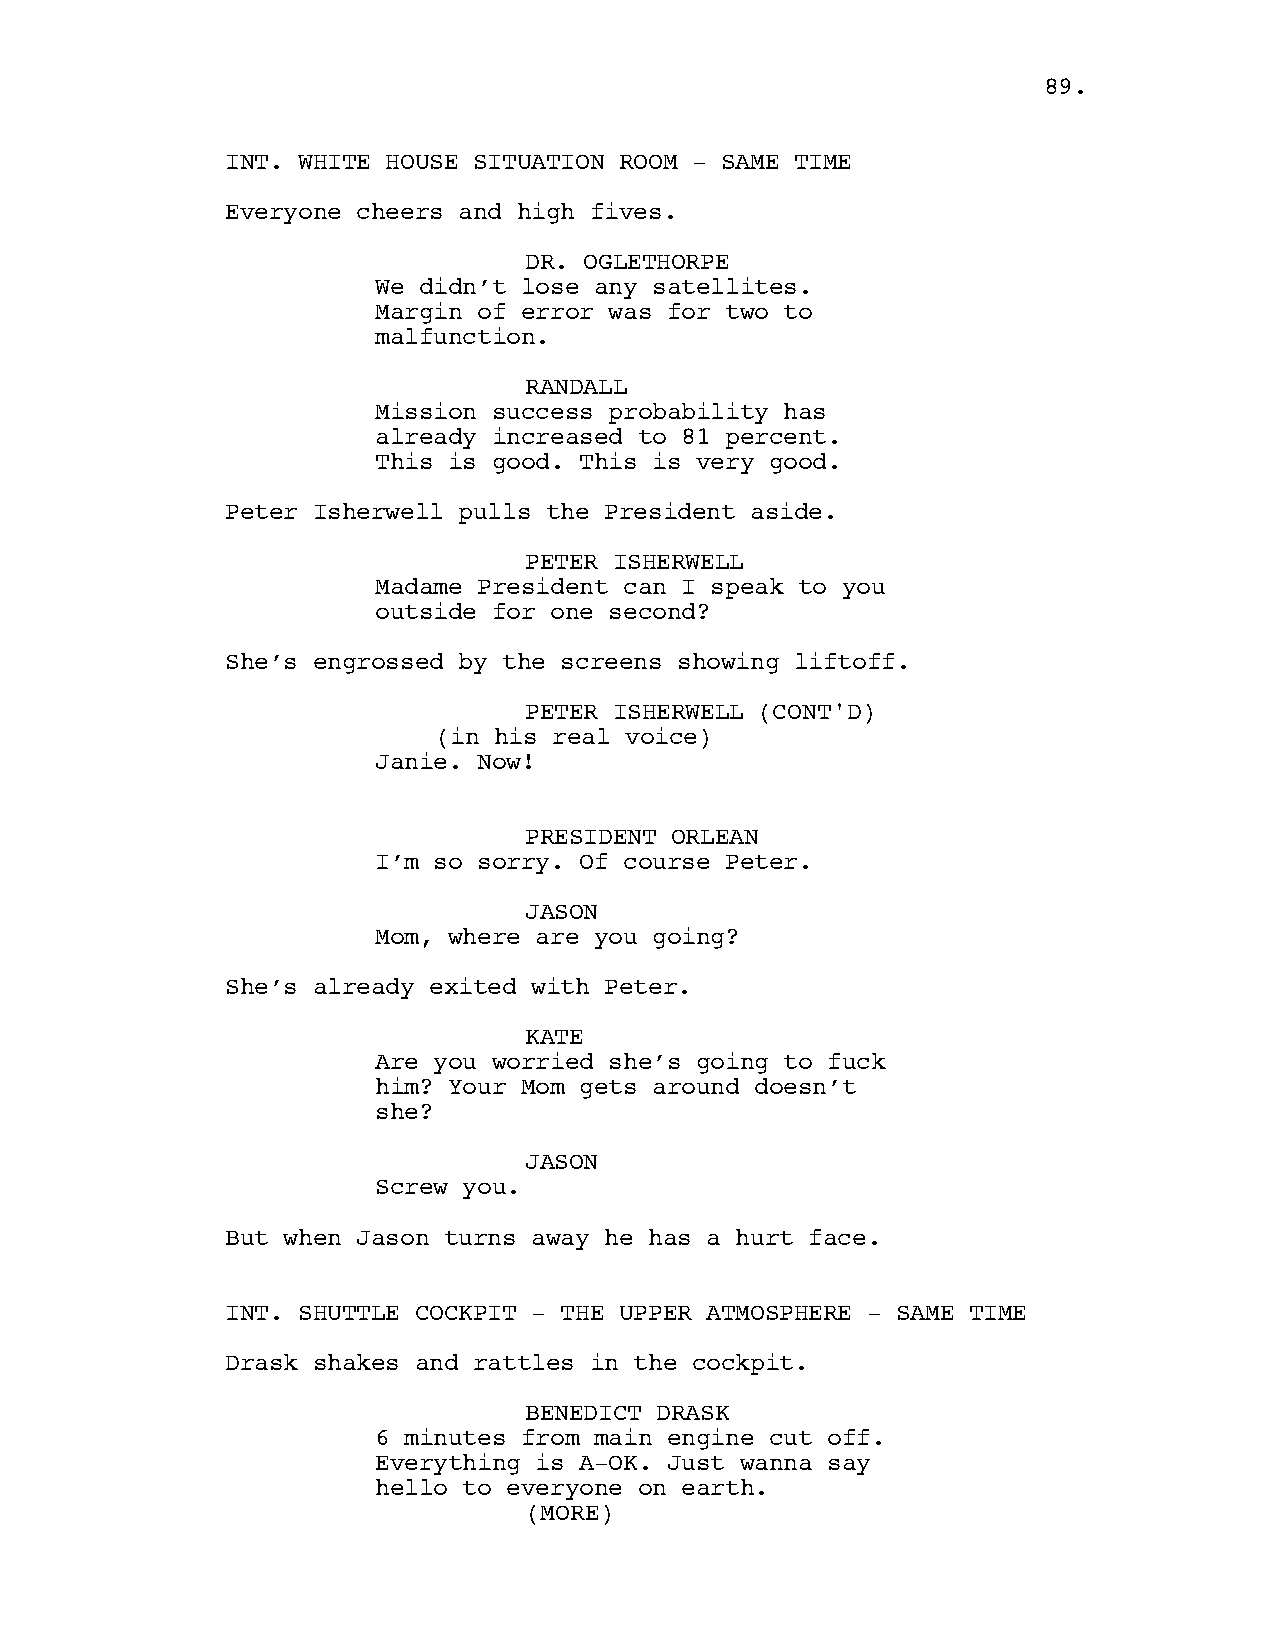
8899..
 INT. WHITE HOUSE SITUATION ROOM - SAME TIME
 Everyone cheers and high fives.
 DR. OGLETHORPE
 We didn’t lose any satellites.
 Margin of error was for two to
 malfunction.
 RANDALL
 Mission success probability has
 already increased to 81 percent.
 This is good. This is very good.
 Peter Isherwell pulls the President aside.
 PETER ISHERWELL
 Madame President can I speak to you
 outside for one second?
 She’s engrossed by the screens showing liftoff.
 PETER ISHERWELL (CONT'D)
 (in his real voice)
 Janie. Now!
 PRESIDENT ORLEAN
 I’m so sorry. Of course Peter.
 JASON
 Mom, where are you going?
 She’s already exited with Peter.
 KATE
 Are you worried she’s going to fuck
 him? Your Mom gets around doesn’t
 she?
 JASON
 Screw you.
 But when Jason turns away he has a hurt face.
 INT. SHUTTLE COCKPIT - THE UPPER ATMOSPHERE - SAME TIME
 Drask shakes and rattles in the cockpit.
 BENEDICT DRASK
 6 minutes from main engine cut off.
 Everything is A-OK. Just wanna say
 hello to everyone on earth.
 ((MMOORREE))